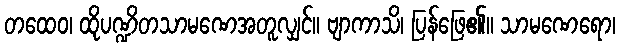
တထေဝ၊ ထိုပဏ္ဍိတသာမဏေအတူလျှင်။ ဗျာကာသိ၊ ပြန်ဖြေ၏။ သာမဏေရော၊